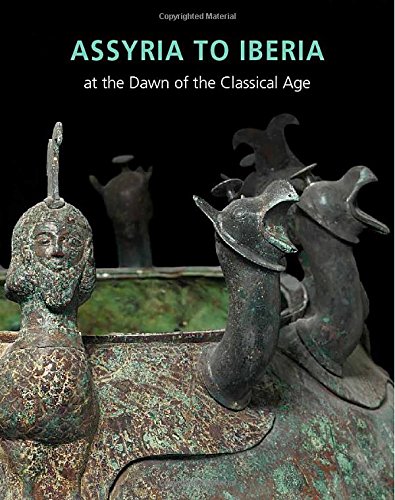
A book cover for Assyria to Iberia: at the Dawn of the Classical Age (Metropolitan Museum of Art); Joan Aruz; History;